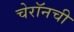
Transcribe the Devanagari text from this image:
चेरॉनची